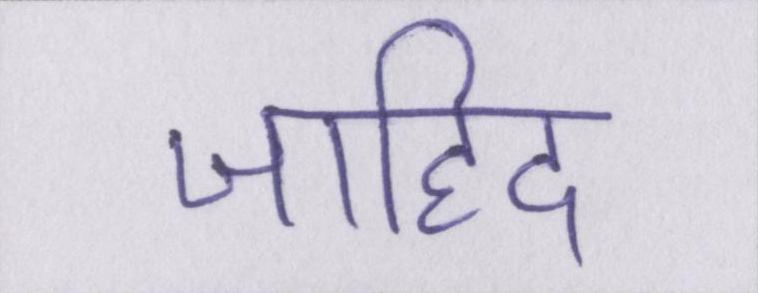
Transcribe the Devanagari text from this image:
जाहिद